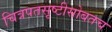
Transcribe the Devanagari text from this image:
चित्रपतसृष्टीसोबतच